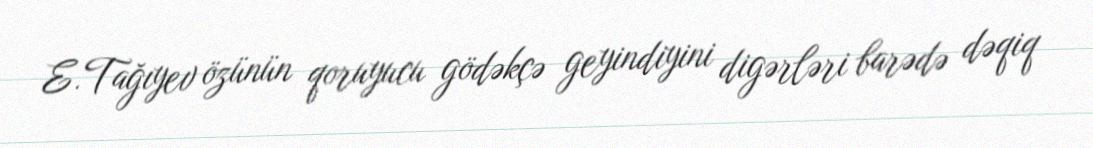
E.Tağıyev özünün qoruyucu gödəkçə geyindiyini digərləri barədə dəqiq